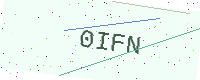
Text: 0IFN